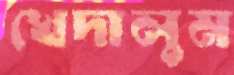
খেদালুম